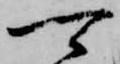
可